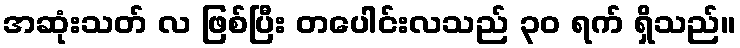
အဆုံးသတ် လ ဖြစ်ပြီး တပေါင်းလသည် ၃၀ ရက် ရှိသည်။